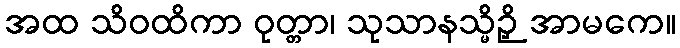
အထ သိဝထိကာ ဝုတ္တာ၊ သုသာနသ္မိဉှိ အာမကေ။